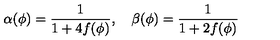
\alpha ( \phi ) = { \frac { 1 } { 1 + 4 f ( \phi ) } } , \quad \beta ( \phi ) = { \frac { 1 } { 1 + 2 f ( \phi ) } }